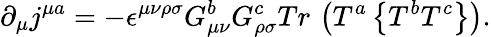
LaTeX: \partial_{\mu}j^{\mu a}=-\epsilon^{\mu\nu\rho\sigma}G_{\mu\nu}^{b}G_{\rho\sigma}^{c}Tr\, \left(T^{a}\left\{ T^{b}T^{c}\right\} \right).